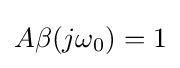
A\beta (j\omega _{0})=1